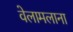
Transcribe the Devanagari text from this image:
वेलामलाना